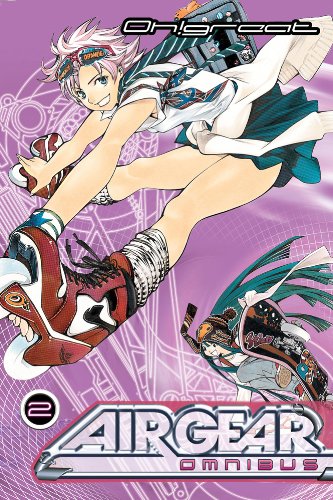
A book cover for Air Gear Omnibus 2; Oh!Great; Comics & Graphic Novels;